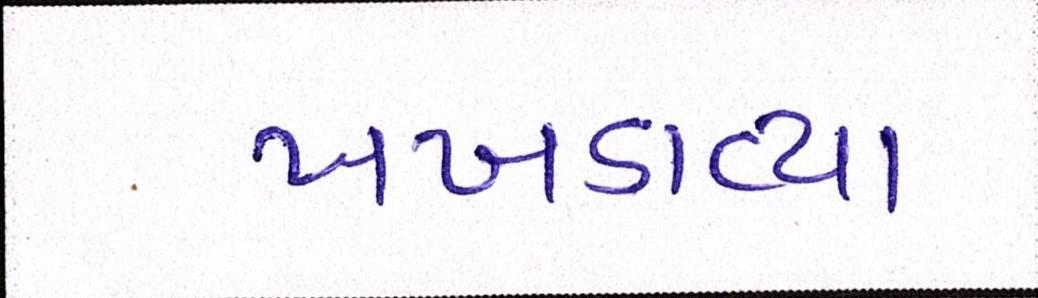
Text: ખખડાવ્યા